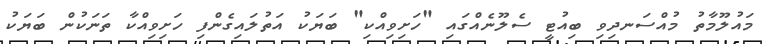
މައުލޫމާތު މުއްސަނދިވި ބިއުޓީ ސެލޫނެއްގައި "ހަށިވިއްކި" ބަޔަކު އަތުލައިގެންފި ހަށިވިއްކާ ތަނަކުން ބަޔަކު